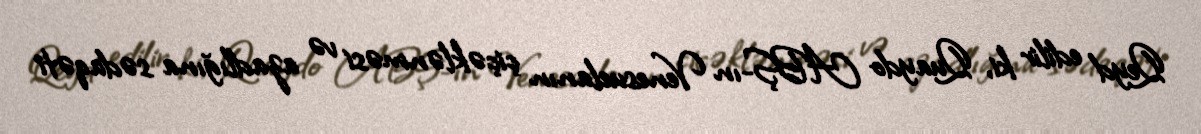
Qeyd edilir ki, Quaydo ABŞ-ın Venesuelanın çiçəklənməsi və azadlığına sədaqəti